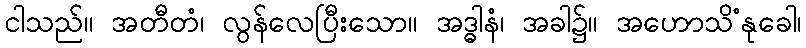
ငါသည်။ အတီတံ၊ လွန်လေပြီးသော။ အဒ္ဓါနံ၊ အခါ၌။ အဟောသိံနုခေါ၊